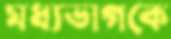
মধ্যভাগকে